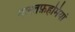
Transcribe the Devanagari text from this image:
गलतफ़हमियां